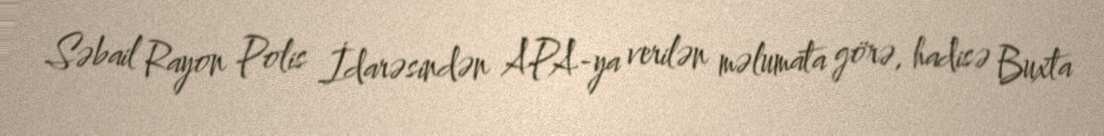
Səbail Rayon Polis İdarəsindən APA-ya verilən məlumata görə, hadisə Buxta